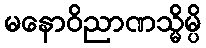
မနောဝိညာဏသ္မိမ္ပိ